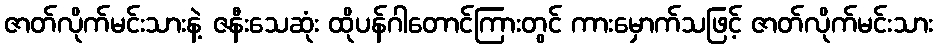
ဇာတ်လိုက်မင်းသားနဲ့ ဇနီးသေဆုံး ထိုပန်ဂါတောင်ကြားတွင် ကားမှောက်သဖြင့် ဇာတ်လိုက်မင်းသား